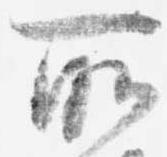
所